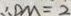
\therefore D M = 2